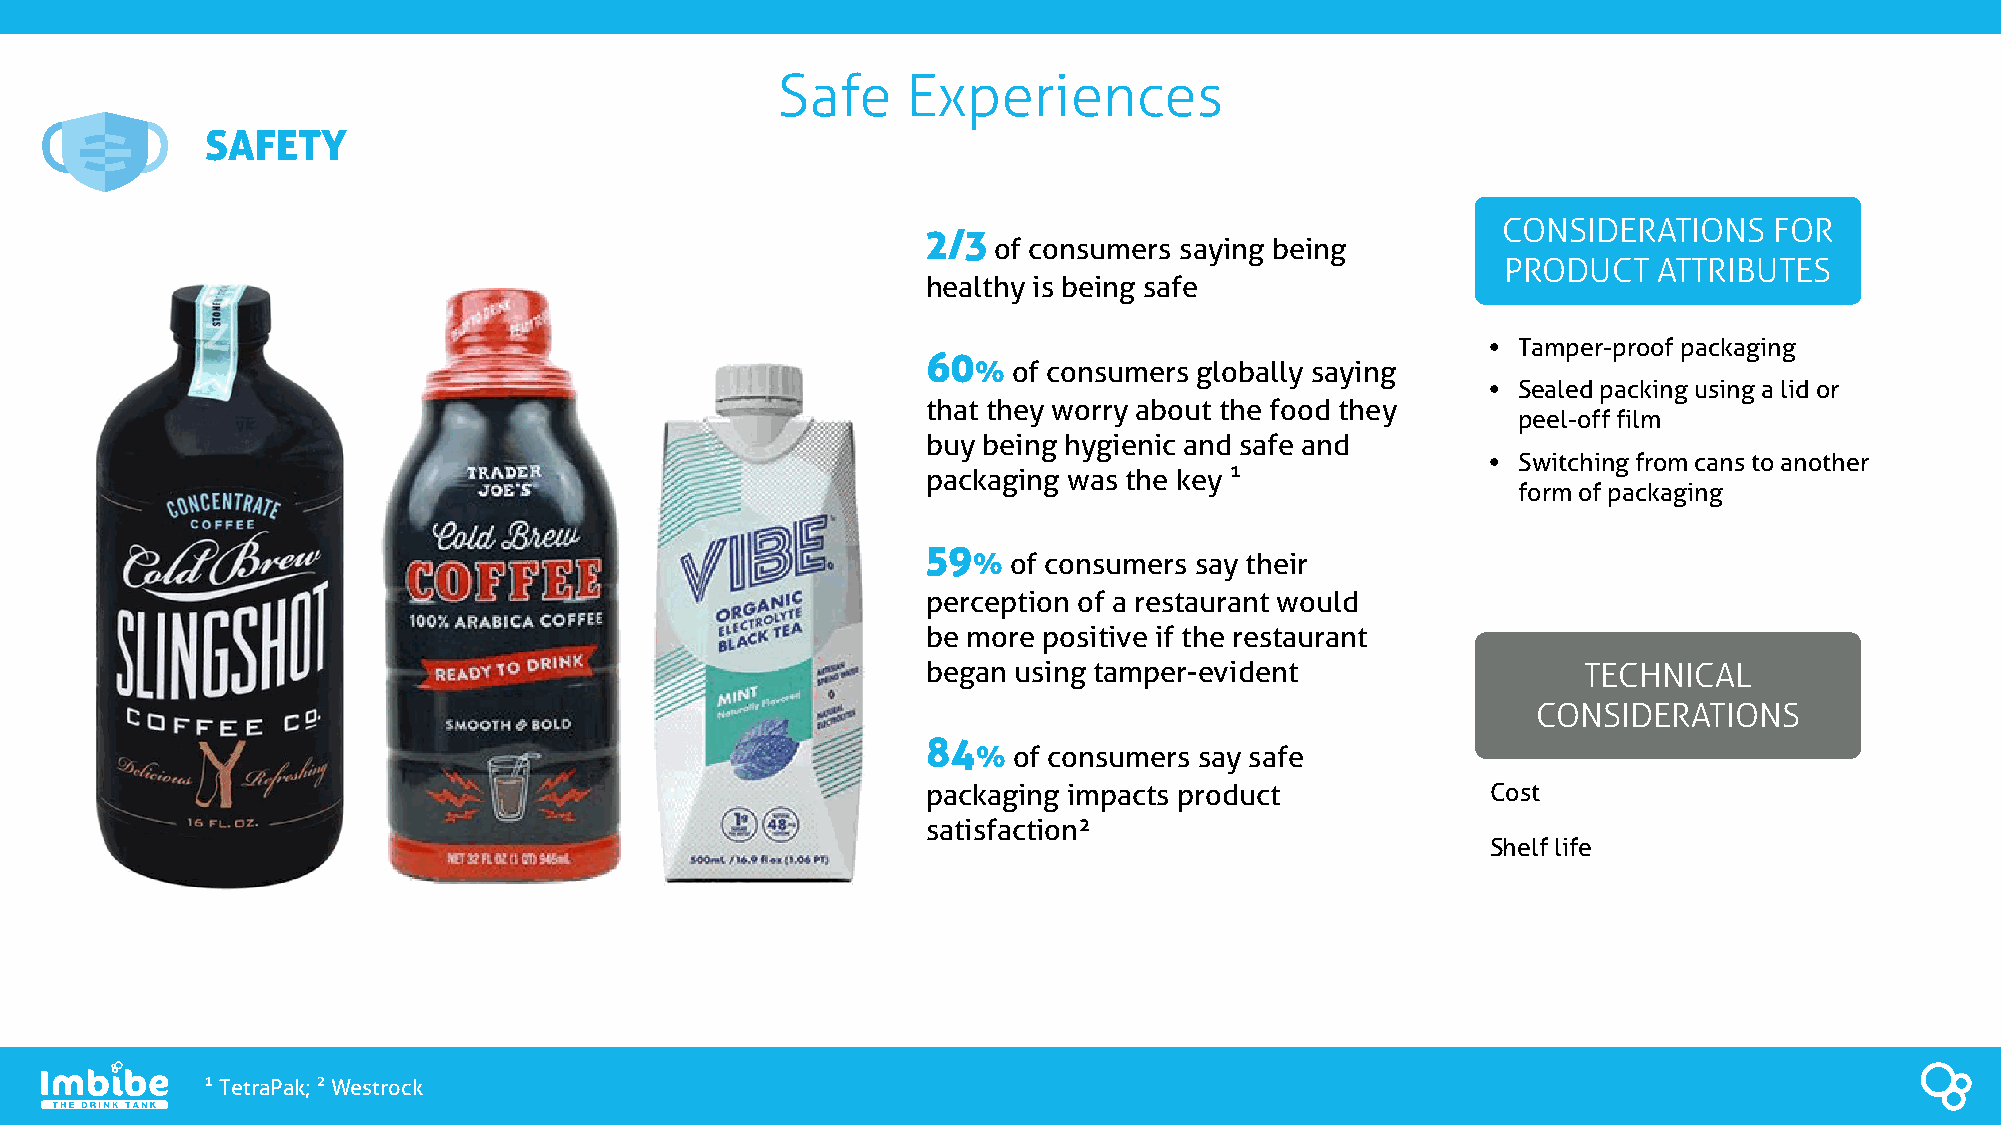
Safe     Experiences
 SAFETY
 CONSIDERATIONS    FOR
 2/3
 of consumers saying being
 PRODUCT   ATTRIBUTES
 healthy is being safe
 • Tamper-proof packaging
 60
 % of consumers globally saying
 • Sealed packing using a lid or
 that they worry about the food they
 peel-off film
 buy being hygienic and safe and
 • Switching from cans to another
 packaging was the key 
 form of packaging
 59
 %  of consumers say their
 perception of a restaurant would
 be more positive if the restaurant
 began using tamper-evident                  TECHNICAL
 CONSIDERATIONS
 84
 % of consumers say safe
 packaging impacts product             Cost
 satisfaction²
 Shelf life
 TetraPak; Westrock